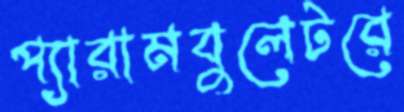
প্যারামবুলেটরে